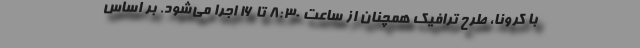
با کرونا، طرح ترافیک همچنان از ساعت ۸:۳۰ تا ۱۶ اجرا می‌شود. بر اساس